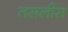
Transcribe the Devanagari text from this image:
तसलीस